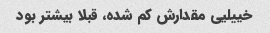
خییلیی مقدارش کم شده، قبلا بیشتر بود